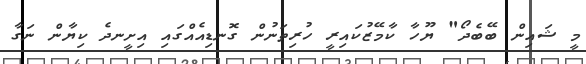
މީ ޝައިން ބޭބެދޯ" ޔޫހާ ކާމޭޒުކައިރީ ހުރިތަނުން ގޮނޑިއެއްގައި އިށީނދެ ކިޔާން ނަގާ